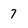
Character: 7